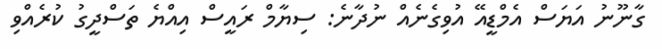
ގާނޫނު އަޔަސް އެމްޑީއޭ އުވިގެނެއް ނުދާނެ: ސިޔާމް ރައީސް އިއްޔެ ތަސްދީގު ކުރެއްވި